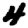
Digit: 4